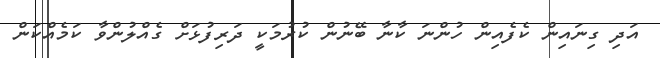
އަދި ގިނައިން ކެފެއިން ހުންނަ ކާނާ ބޭނުން ކުރުމަކީ ދަރިފުޅަށް ގެއްލުންވާ ކަމެއްކަން